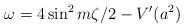
LaTeX: \begin{align*}\omega=4\sin^{2}m\zeta/2-V^{\prime}(a^{2}) \end{align*}